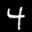
Label: 4